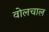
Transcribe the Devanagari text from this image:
वोलचाल